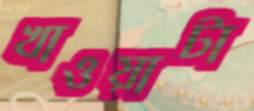
খাওয়াটা